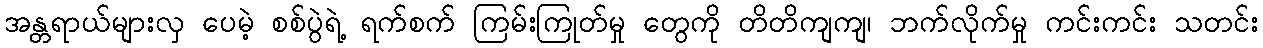
အန္တရာယ်များလှ ပေမဲ့ စစ်ပွဲရဲ့ ရက်စက် ကြမ်းကြုတ်မှု တွေကို တိတိကျကျ၊ ဘက်လိုက်မှု ကင်းကင်း သတင်း